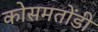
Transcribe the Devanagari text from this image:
कोसमतोंडी